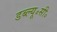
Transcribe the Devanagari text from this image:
डब्ल्यू॰सी॰